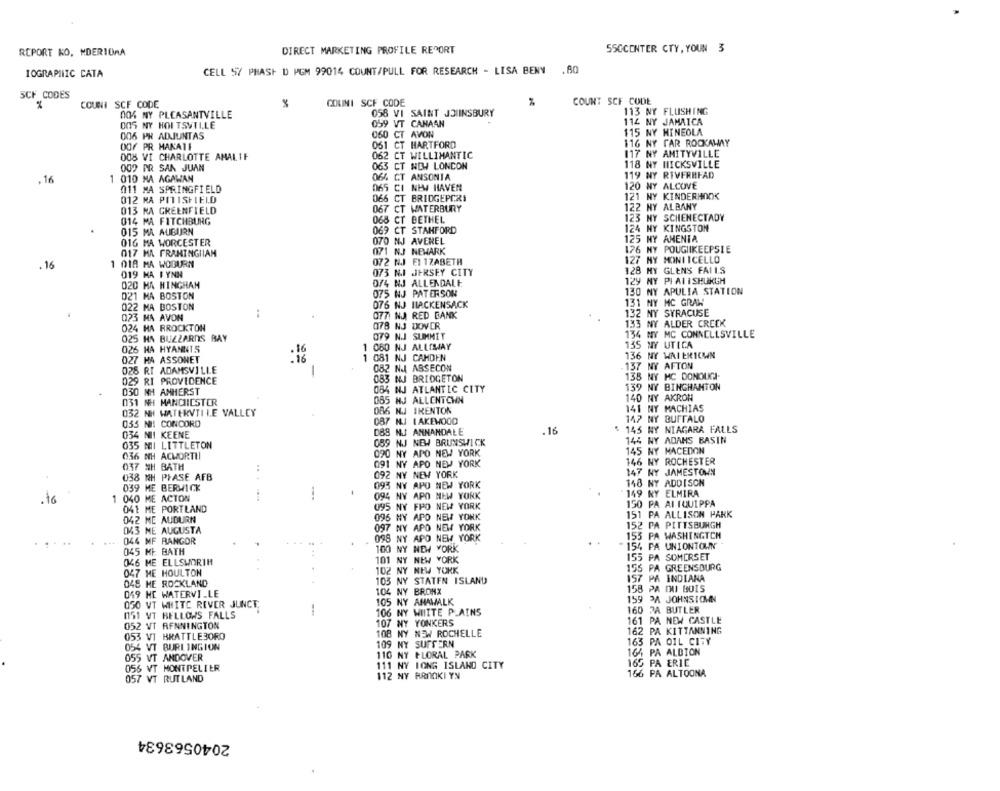
REPORT KO, MDERIORA
DIRECT MARKETING PROFILE REPORT
550CENTER CTY, YOUNE
CELL 57 PHASH D PGM 99014 COUNT/PULL FOR RESEARCH - LISA BENY .80
IOGRAPHIC CATA
SCF CODES
COUNI SCF CODE
COLINI SCF CODE
COUNT SCF CODE
058 VI SAINT JO INSBURY
113 NY FLUSHING
004 NY PLEASANTVILLE
OOS NY HOLTSVILLE
059 VT CANAAN
114 NY JAMAICA
006 PR ADJUNTAS
060 CT AVON
115 NY HINEOLA
116 NY CAR ROCKAWAY
DOF PR MAKATI
061 CT HARTFORD
008 VI CHARLOTTE AMALIE
062 CT WILLIMANTIC
117 NY AMITYVILLE
063 CT NEW LONDON
118 NY HICKSVILLE
009 AR SAN JUAN
119 NY RIVERHEAD
.16
1 010 MA AGAWAN
064 CT ANSONIA
011 MA SPRINGFIELD
065 CI NEW HAVEN
120 NY ALCOVE
012 MA PITISHIELD
066 CT BRIDGEPCRI
121 NY KINDERHOOK
067 CT WATERBURY
122 HY ALBANY
013 NA GREENFIELD
014 MA FITCHBURG
068 CT BETHEL
123 NY SCHENECTADY
069 CT STANFORD
124 NY KINGSTON
015 MA AUBURN
125 HY AMENTA
016 MA WORCESTER
070 NJ AVEREL
017 MA FRAMINGIIAM
071 NJ NEWARK
176 NY POUGIIKEEPSIE
072 NJ EI 1ZABETH
127 MY MONTICELLO
. 16
1 018 MA WOBURN
128 MY GLENS FAILS
019 MA FYNN
073 N.I JERSEY CITY
020 MA HINGHAM
074 NJ ALLENDALE
129 NY PIAIISHUKUM
075 NJ PATERSON
130 NY APULIA STATION
021 MA BOSTON
131 NY MC GRAW
022 MA BOSTON
076 NJ HACKENSACK
.
0771 NJ RED BANK
132 NY SYRACUSE
023 MA AVON
133 NY ALDER CREEK
024 HA RROCKTON
078 NJ DOVER
025 HA BUZZARDS BAY
079 NJ SUMMIT
134 NY MC CONNELLSVILLE
026 HA HYANNIS
080 NJ ALLOWAY
135 NY UTICA
136 NY WAI ERICHN
027 HA ASSONET
:16
081 NJ CAMDEN
. 157 NY AFTON
028 RT ADAMSVILLE
082 NA ASSECON
029 RI PROVIDENCE
083 NJ BRIDGETON
138 NY MC DONOUGH
084 NJ ATLANTIC CITY
139 NY BINGHAMTON
030 NH AMHERST
031
MANCHESTER
065 NJ ALLENTCHN
140 NY AKRON
032 NH
WATERVTI LE VALLEY
086 N.J IRENTON
141 NY MACHIAS
147 NY BUFFALO
035 NI!
CONCORD
087 M.J LAKEWOOD
034 NII
KEENE
DBS NU ANNANDALE
.16
$ 145 NY NIAGARA FALLS
LITTLETON
059 NJ NEW BRUNSWICK
144 NY ADAMS BASIN
035 NII
090 NY APO NEW YORK
145 NY MACEDON
036 NH
ACWORTH
037 SH
BATH
091 NY APO NEW YORK
146 NY ROCHESTER
.
038 NH PHASE AFB
092 NY NEW YORK
147 NY JAMESTOWN
148 NY ADDISON
039 ME BERWICK
1
093 NY APO NEW YORK
040 ME ACTON
094 NY APO NEW YORK
149 NY ELMIRA
.16
095 NY FPO NEW YORK
150 PA AI IQUIPPA
041 ME PORTLAND
151 PA ALLISON PARK
042 ME AUDURN
096 NY APO NEW YORK
043 ME AUGUSTA
097 NY APO NEW YORK
152 PA PITTSBURGH
098 NY APO NEW YORK
155 PA WASHINGTON
044 MF RANGOR
154 PA UNIONTOWN
045 ME BATH
100 NY NEW YORK
046 ME ELLSWORTH
101 NY NEW YORK
155 PA SOMERSET
102 NY NEW YORK
155 PA GREENSOURG
047 ME HOULTON
157 PÅ INDIANA
048 ME ROCKLAND
103 NY STATEN ISLAND
049 HE WATERVILLE
104 NY BRONX
158 PA DU BOIS
105 NY AMAWALK
159 PA JOHNSTOWN
050 VT WHITE REVER JUNCT
160 2A BUTLER
1151 VT BELLOWS FALLS
1
106 NY WHITE PLAINS
052 VT RENNINGTON
107 NY YONKERS
161 PA NEW CASTLE
108 NY NEW ROCHELLE
162 PA KITTANNING
053 VI BRATTLEBORO
163 PA OIL CITY
054 VT BURLINGION
109 NY SUFFERN
055 VT ANDOVER
110 NY FLORAL PARK
164 PA ALBION
165 PA ERIE
056 VT MONTPELIER
111 NY IONS ISLAND CITY
166 PA ALTOONA
057 VT RUTLAND
112 NY ARIOKI YN
2040563634